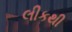
લીકથી